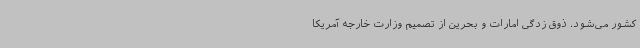
کشور می‌شود. ذوق زدگی امارات و بحرین از تصمیم وزارت خارجه آمریکا